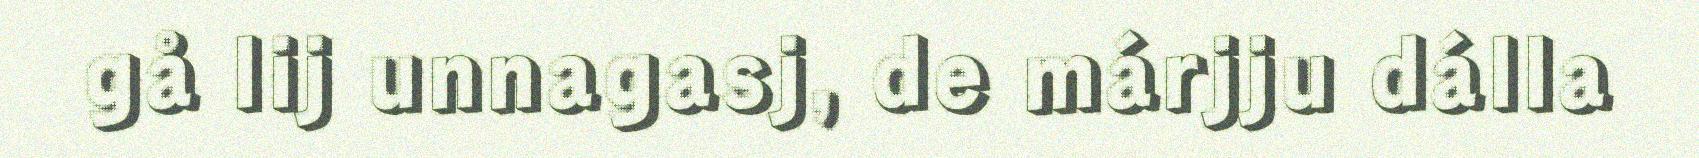
gå lij unnagasj, de márjju dálla